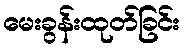
မေးခွန်းထုတ်ခြင်း